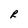
Character: R